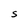
Character: S